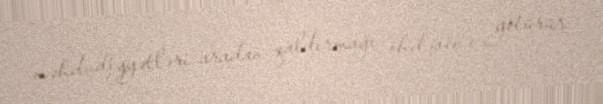
məhdudiyyətləri aradan qaldırmağı öhdəsinə götürür.